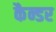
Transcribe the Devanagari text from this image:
कैन्डर